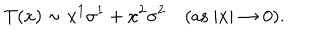
T ( x ) \sim x ^ { 1 } \sigma ^ { 1 } + x ^ { 2 } \sigma ^ { 2 } \quad ( \mathrm { a s ~ } | x | \rightarrow 0 ) .